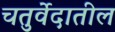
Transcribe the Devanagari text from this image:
चतुर्वेदातील